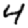
Digit: 4